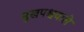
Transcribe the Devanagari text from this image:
मुखपश्चवाले